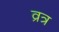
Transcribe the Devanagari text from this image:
व्रत्र